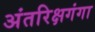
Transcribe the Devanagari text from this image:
अंतरिक्षगंगा